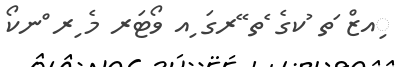
ިއޒް ަތ ުކގެ ެތ ޭރގަ ިއ ވޯޓަރ މެ ިރ ްނކޯ